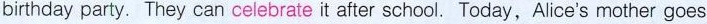
birthday party.they can celebrate it after school.Today,Alice’s mother goes